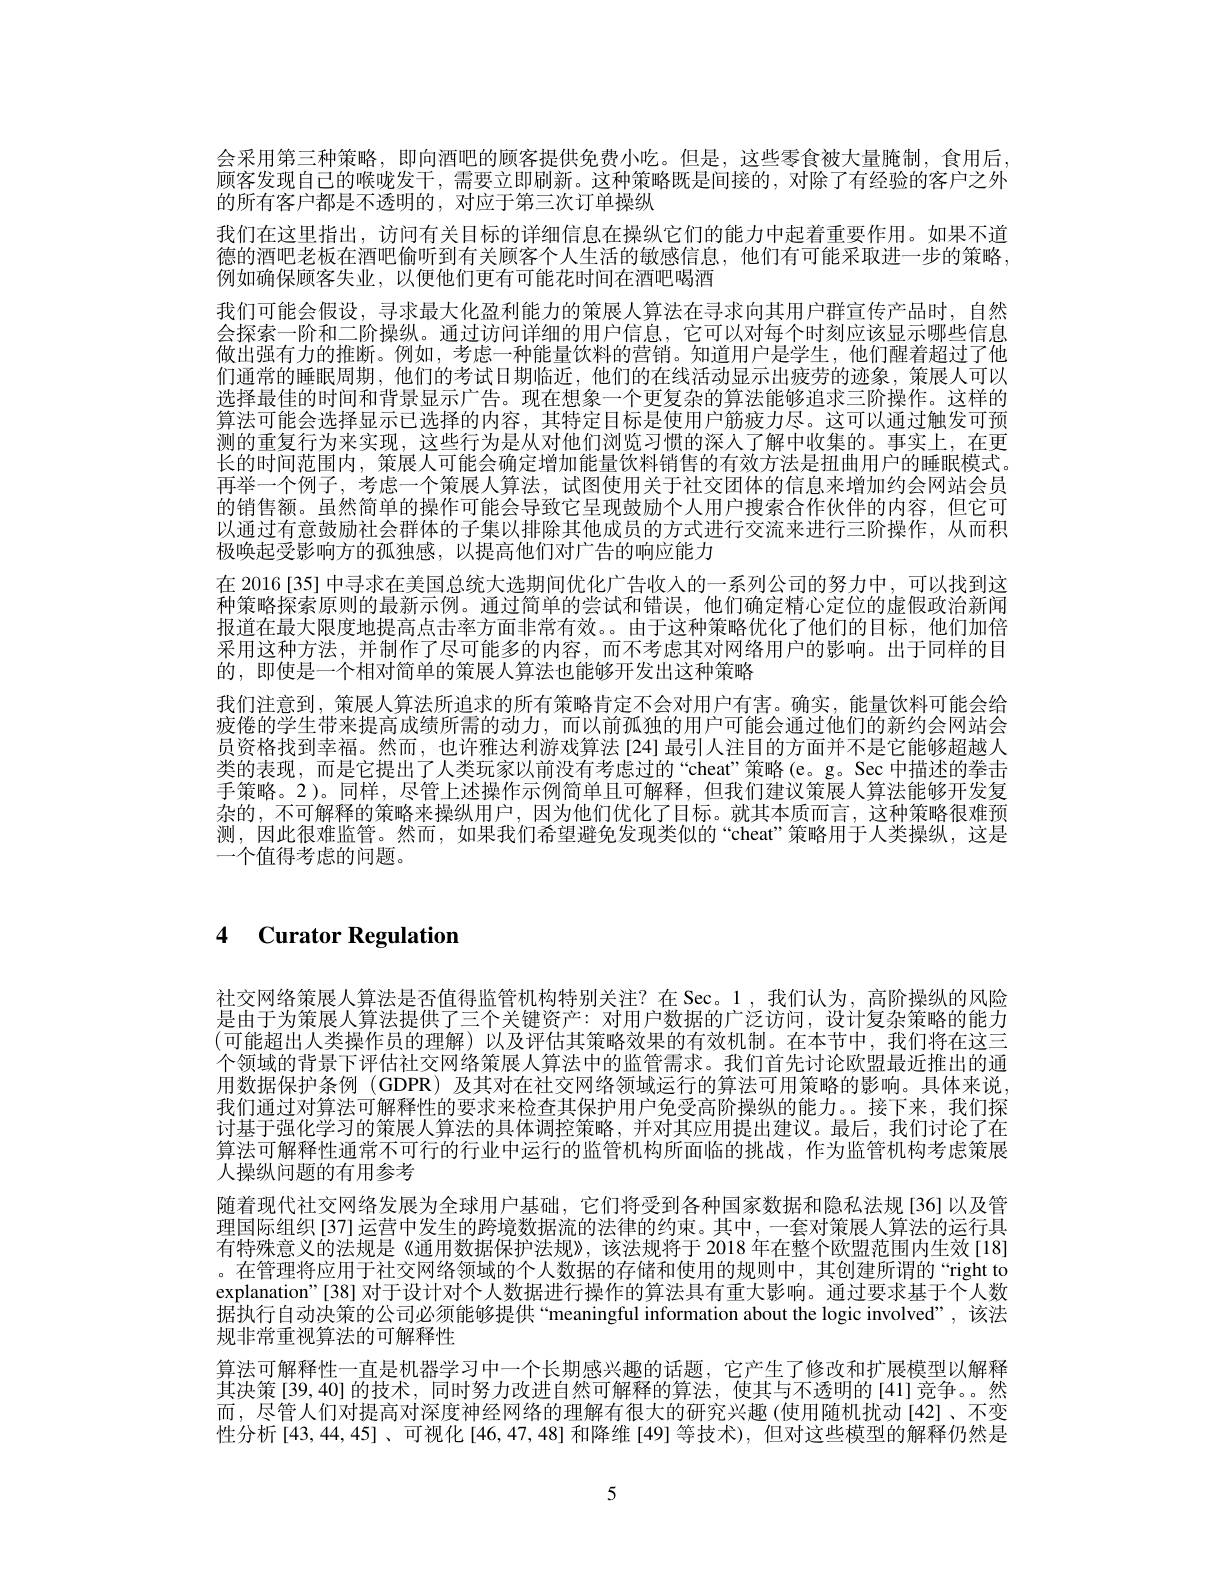
会采用第三种策略，即向酒吧的顾客提供免费小吃。但是，这些零食被大量腌制，食用后， 顾客发现自己的喉咙发干，需要立即刷新。这种策略既是间接的，对除了有经验的客户之外的所有客户都是不透明的，对应于第三次订单操纵
我们在这里指出，访问有关目标的详细信息在操纵它们的能力中起着重要作用。如果不道德的酒吧老板在酒吧偷听到有关顾客个人生活的敏感信息，他们有可能采取进一步的策略， 例如确保顾客失业，以便他们更有可能花时间在酒吧喝酒
我们可能会假设，寻求最大化盈利能力的策展人算法在寻求向其用户群宣传产品时，自然会探索一阶和二阶操纵。通过访问详细的用户信息，它可以对每个时刻应该显示哪些信息做出强有力的推断。例如，考虑一种能量饮料的营销。知道用户是学生，他们醒着超过了他们通常的睡眠周期，他们的考试日期临近，他们的在线活动显示出疲劳的迹象，策展人可以选择最佳的时间和背景显示广告。现在想象一个更复杂的算法能够追求三阶操作。这样的算法可能会选择显示已选择的内容，其特定目标是使用户筋疲力尽。这可以通过触发可预测的重复行为来实现，这些行为是从对他们浏览习惯的深人了解中收集的。事实上，在更长的时间范围内，策展人可能会确定增加能量饮料销售的有效方法是扭曲用户的睡眠模式。再举一个例子，考虑一个策展人算法，试图使用关于社交团体的信息来增加约会网站会员的销售额。虽然简单的操作可能会导致它呈现鼓励个人用户搜索合作伙伴的内容，但它可以通过有意鼓励社会群体的子集以排除其他成员的方式进行交流来进行三阶操作，从而积极唤起受影响方的孤独感，以提高他们对广告的响应能力
在 2016 [35] 中寻求在美国总统大选期间优化广告收入的一系列公司的努力中，可以找到这种策略探索原则的最新示例。通过简单的尝试和错误，他们确定精心定位的虚假政治新闻报道在最大限度地提高点击率方面非常有效。由于这种策略优化了他们的目标，他们加倍采用这种方法，并制作了尽可能多的内容，而不考虑其对网络用户的影响。出于同样的目的，即使是一个相对简单的策展人算法也能够开发出这种策略
我们注意到，策展人算法所追求的所有策略肯定不会对用户有害。确实，能量饮料可能会给疲倦的学生带来提高成绩所需的动力，而以前孤独的用户可能会通过他们的新约会网站会员资格找到幸福。然而，也许雅达利游戏算法[24]最引人注目的方面并不是它能够超越人类的表现，而是它提出了人类玩家以前没有考虑过的“cheat”策略(e。g。Sec 中描述的拳击手策略。2)。同样，尽管上述操作示例简单且可解释，但我们建议策展人算法能够开发复杂的，不可解释的策略来操纵用户，因为他们优化了目标。就其本质而言，这种策略很难预测，因此很难监管。然而，如果我们希望避免发现类似的“cheat”策略用于人类操纵，这是一个值得考虑的问题。

4 $\textbf{Curator Regulation}$

社交网络策展人算法是否值得监管机构特别关注？在 Sec。1,我们认为，高阶操纵的风险是由于为策展人算法提供了三个关键资产：对用户数据的广泛访问，设计复杂策略的能力(可能超出人类操作员的理解)以及评估其策略效果的有效机制。在本节中，我们将在这三个领域的背景下评估社交网络策展人算法中的监管需求。我们首先讨论欧盟最近推出的通用数据保护条例 (GDPR)及其对在社交网络领域运行的算法可用策略的影响。具体来说， 我们通过对算法可解释性的要求来检查其保护用户免受高阶操纵的能力。。接下来，我们探讨基于强化学习的策展人算法的具体调控策略，并对其应用提出建议。最后，我们讨论了在算法可解释性通常不可行的行业中运行的监管机构所面临的挑战，作为监管机构考虑策展人操纵问题的有用参考
随着现代社交网络发展为全球用户基础，它们将受到各种国家数据和隐私法规[36]以及管理国际组织[37]运营中发生的跨境数据流的法律的约束。其中，一套对策展人算法的运行具有特殊意义的法规是《通用数据保护法规》,该法规将于 2018 年在整个欧盟范围内生效[18] 。在管理将应用于社交网络领域的个人数据的存储和使用的规则中，其创建所谓的“right to explanation"[38] 对于设计对个人数据进行操作的算法具有重大影响。通过要求基于个人数据执行自动决策的公司必须能够提供“meaningful information about the logic involved”,该法规非常重视算法的可解释性
算法可解释性一直是机器学习中一个长期感兴趣的话题，它产生了修改和扩展模型以解释其决策[39,40]的技术，同时努力改进自然可解释的算法，使其与不透明的[41]竞争。然而，尽管人们对提高对深度神经网络的理解有很大的研究兴趣(使用随机扰动[42]、不变性分析[43,44,45]、可视化[46,47,48]和降维[49]等技术),但对这些模型的解释仍然是

5